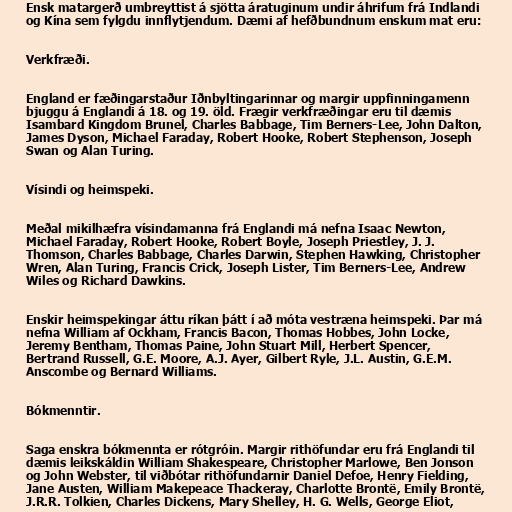
Ensk matargerð umbreyttist á sjötta áratuginum undir áhrifum frá Indlandi
og Kína sem fylgdu innflytjendum. Dæmi af hefðbundnum enskum mat eru:

Verkfræði.

England er fæðingarstaður Iðnbyltingarinnar og margir uppfinningamenn
bjuggu á Englandi á 18. og 19. öld. Frægir verkfræðingar eru til dæmis
Isambard Kingdom Brunel, Charles Babbage, Tim Berners-Lee, John Dalton,
James Dyson, Michael Faraday, Robert Hooke, Robert Stephenson, Joseph
Swan og Alan Turing.

Vísindi og heimspeki.

Meðal mikilhæfra vísindamanna frá Englandi má nefna Isaac Newton,
Michael Faraday, Robert Hooke, Robert Boyle, Joseph Priestley, J. J.
Thomson, Charles Babbage, Charles Darwin, Stephen Hawking, Christopher
Wren, Alan Turing, Francis Crick, Joseph Lister, Tim Berners-Lee, Andrew
Wiles og Richard Dawkins.

Enskir heimspekingar áttu ríkan þátt í að móta vestræna heimspeki. Þar má
nefna William af Ockham, Francis Bacon, Thomas Hobbes, John Locke,
Jeremy Bentham, Thomas Paine, John Stuart Mill, Herbert Spencer,
Bertrand Russell, G.E. Moore, A.J. Ayer, Gilbert Ryle, J.L. Austin, G.E.M.
Anscombe og Bernard Williams.

Bókmenntir.

Saga enskra bókmennta er rótgróin. Margir rithöfundar eru frá Englandi til
dæmis leikskáldin William Shakespeare, Christopher Marlowe, Ben Jonson
og John Webster, til viðbótar rithöfundarnir Daniel Defoe, Henry Fielding,
Jane Austen, William Makepeace Thackeray, Charlotte Brontë, Emily Brontë,
J.R.R. Tolkien, Charles Dickens, Mary Shelley, H. G. Wells, George Eliot,